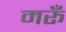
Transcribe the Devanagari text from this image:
मरूँ